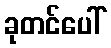
ခုတင်ပေါ်